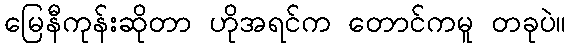
မြေနီကုန်းဆိုတာ ဟိုအရင်က တောင်ကမူ တခုပဲ။